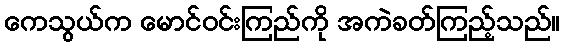
ကေသွယ်က မောင်ဝင်းကြည်ကို အကဲခတ်ကြည့်သည်။